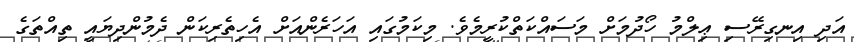
އަދި އިނގިރޭސި ޢިލްމު ހޯދުމަށް މަސައްކަތްކުރީމެވެ. މިކަމުގައި އަހަރެންއަށް އެހިތެރިކަން ދެމުންދިޔައީ ތިއްތަގެ